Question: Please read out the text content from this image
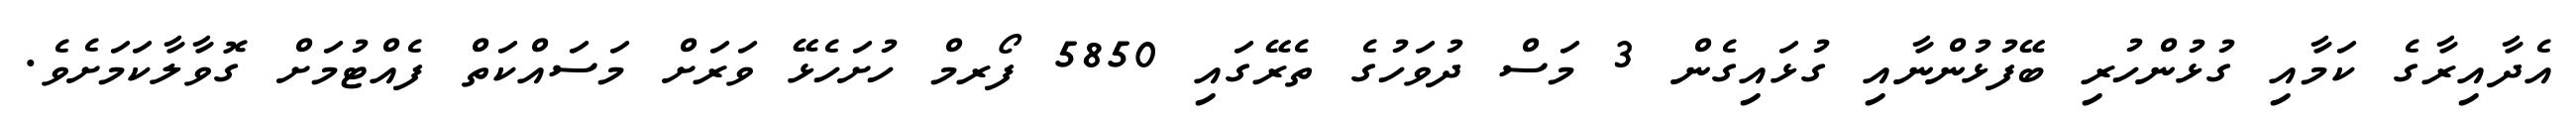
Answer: އެދާއިރާގެ ކަމާއި ގުޅުންހުރި ބޭފުޅުންނާއި ގުޅައިގެން 3 މަސް ދުވަހުގެ ތެރޭގައި 5850 ފޯރމް ހުށަހެޅޭ ވަރަށް މަސައްކަތް ފެއްޓުމަށް ގޮވާލާކަމަށެވެ.